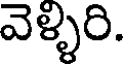
వెళ్ళరి.